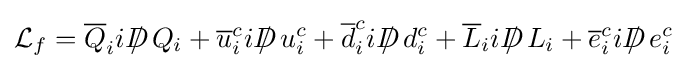
{\mathcal {L}}_{f}={\overline {Q}}_{i}iD\!\!\!\!/\;Q_{i}+{\overline {u}}_{i}^{c}iD\!\!\!\!/\;u_{i}^{c}+{\overline {d}}_{i}^{c}iD\!\!\!\!/\;d_{i}^{c}+{\overline {L}}_{i}iD\!\!\!\!/\;L_{i}+{\overline {e}}_{i}^{c}iD\!\!\!\!/\;e_{i}^{c}\,\!